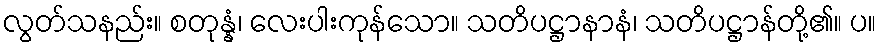
လွတ်သနည်း။ စတုန္နံ၊ လေးပါးကုန်သော။ သတိပဋ္ဌာနာနံ၊ သတိပဋ္ဌာန်တို့၏။ ပ။